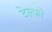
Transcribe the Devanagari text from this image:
टेल्‍को